Lunatic asylums in Bengal annual reports 1888-1898 - 1888-1898
Year: 1888
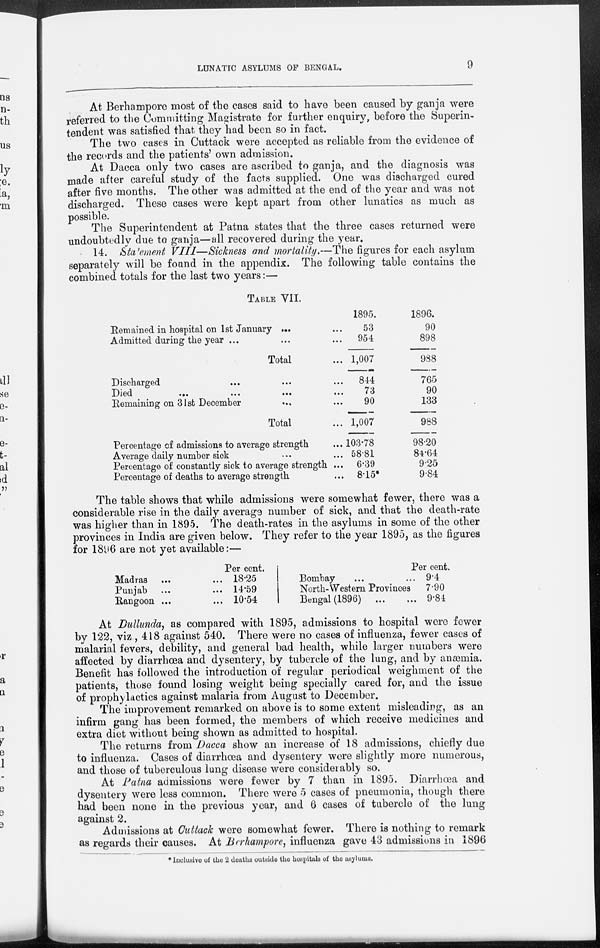
LUNATIC ASYLUMS OF BENGAL.
9
At Berhampore most of the cases said to have been caused by ganja were
referred to the Committing Magistrate for further enquiry, before the Superin-
tendent was satisfied that they had been so in fact.
The two cases in Cuttack were accepted as reliable from the evidence of
the records and the patients' own admission.
At Dacca only two cases are ascribed to ganja, and the diagnosis was
made after careful study of the facts supplied. One was discharged cured
after five months. The other was admitted at the end of the year and was not
discharged. These cases were kept apart from other lunatics as much as
possible.
The Superintendent at Patna states that the three cases returned were
undoubtedly due to ganja—all recovered during the year.
14. Statement VIII—Sickness and mortality.—The figures for each asylum
separately will be found in the appendix. The following table contains the
combined totals for the last two years:—
TABLE VII.
Remained in hospital on 1st January ... ...
Admitted during the year ... ... ...
Total ...
Discharged ... ... ...
Died
...
...
...
Remaining on 31st December ... ...
Total ...
Percentage of admissions to average strength ...
Average daily number sick ... ...
Percentage of constantly sick to average strength ...
Percentage of deaths to average strength ...
1895.
53
954
1,007
844
73
90
1,007
103.78
58.81
6.39
8.15*
1896.
90
898
988
765
90
133
988
98.20
84.64
9.25
9.84
The table shows that while admissions were somewhat fewer, there was a
considerable rise in the daily average number of sick, and that the death-rate
was higher than in 1895. The death-rates in the asylums in some of the other
provinces in India are given below. They refer to the year 1895, as the figures
for 1896 are not yet available:—
Madras ... ...
Punjab ... ...
Rangoon ... ...
Per cent.
18.25
14.59
10.54
Bombay
...
...
North-Western Provinces
Bengal (1896) ... ...
Per cent.
9.4
7.90
9.84
At Dullunda, as compared with 1895, admissions to hospital were fewer
by 122, viz, 418 against 540. There were no cases of influenza, fewer cases of
malarial fevers, debility, and general bad health, while larger numbers were
affected by diarrhœa and dysentery, by tubercle of the lung, and by anæmia.
Benefit has followed the introduction of regular periodical weighment of the
patients, those found losing weight being specially cared for, and the issue
of prophylactics against malaria from August to December.
The improvement remarked on above is to some extent misleading, as an
infirm gang has been formed, the members of which receive medicines and
extra diet without being shown as admitted to hospital.
The returns from Dacca show an increase of 18 admissions, chiefly due
to influenza. Cases of diarrhœa and dysentery were slightly more numerous,
and those of tuberculous lung disease were considerably so.
At Patna admissions were fewer by 7 than in 1895. Diarrhœa and
dysentery were less common. There were 5 cases of pneumonia, though there
had been none in the previous year, and 6 cases of tubercle of the lung
against 2.
Admissions at Cuttack were somewhat fewer. There is nothing to remark
as regards their causes. At Berhampore, influenza gave 43 admissions in 1896
* Inclusive of the 2 deaths outside the hospitals of the asylums.